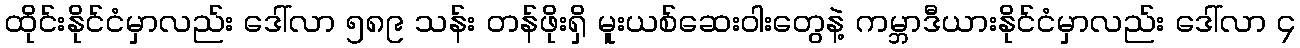
ထိုင်းနိုင်ငံမှာလည်း ဒေါ်လာ ၅၈၉ သန်း တန်ဖိုးရှိ မူးယစ်ဆေးဝါးတွေနဲ့ ကမ္ဘာဒီယားနိုင်ငံမှာလည်း ဒေါ်လာ ၄